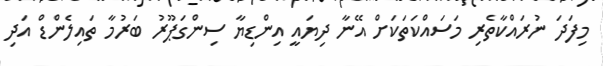
މިފަދަ ނުރައްކާތެރި މަސައްކަތަކަށް އޭނާ ދިޔައީ އިންޑިޔާ ސިންގަޕޫރު ބަރުމާ ތައިލެންޑް އަދި